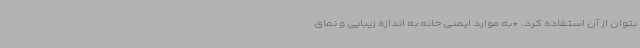
بتوان از آن استفاده کرد. *به موارد ایمنی خانه به اندازه زیبایی و نمای